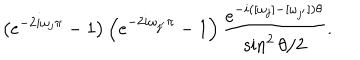
LaTeX: \left( e ^ { - 2 i \omega _ { j } \pi } - 1 \right) \left( e ^ { - 2 i \omega _ { j ^ { \prime } } \pi } - 1 \right) \frac { e ^ { - i ( [ \omega _ { j } ] - [ \omega _ { j ^ { \prime } } ] ) \theta } } { \sin ^ { 2 } \theta / 2 } .